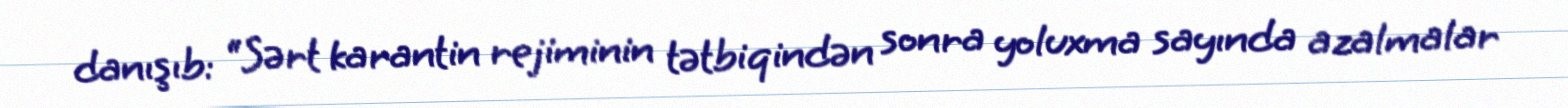
danışıb: “Sərt karantin rejiminin tətbiqindən sonra yoluxma sayında azalmalar